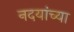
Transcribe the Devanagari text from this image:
नदयांच्या